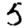
Digit: 5